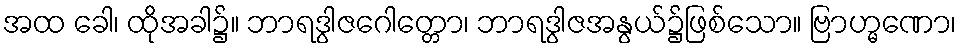
အထ ခေါ၊ ထိုအခါ၌။ ဘာရဒွါဇဂေါတ္တော၊ ဘာရဒွါဇအနွယ်၌ဖြစ်သော။ ဗြာဟ္မဏော၊